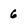
Character: 6